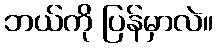
ဘယ်ကို ပြန်မှာလဲ။